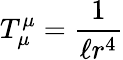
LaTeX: T_{\mu}^{\mu}=\frac{1}{\ell r^{4}}